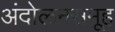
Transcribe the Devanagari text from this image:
अंदोलनसमूह